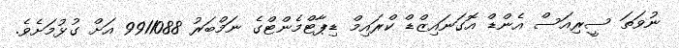
ނުވަތަ ސީރިއަސް އެންޑް އޮގަނައިޒްޑް ކްރައިމް ޑިޕާޓްމެންޓްގެ ނަމްބަރު 9911088 އަށް ގުޅުމަށެވެ.